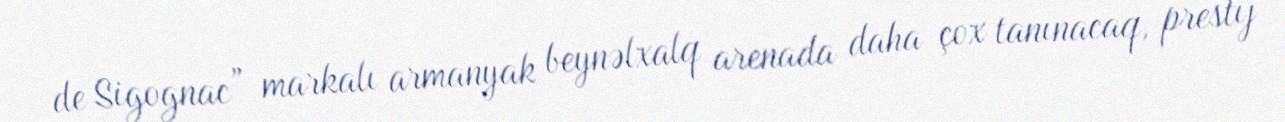
de Sigognac” markalı armanyak beynəlxalq arenada daha çox tanınacaq, prestij